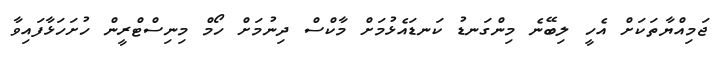
ޖަމިއްޔާތަކަށް އެހީ ލިބޭނެ މިންގަނޑު ކަނޑައެޅުމަށް މާކްސް ދިނުމަށް ހޯމް މިނިސްޓްރީން ހުށަހަޅާފައިވާ